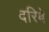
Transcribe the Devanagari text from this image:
दरिबे